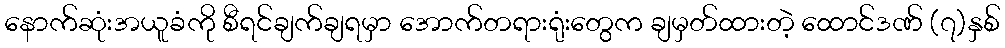
နောက်ဆုံးအယူခံကို စီရင်ချက်ချရမှာ အောက်တရားရုံးတွေက ချမှတ်ထားတဲ့ ထောင်ဒဏ် (၇)နှစ်